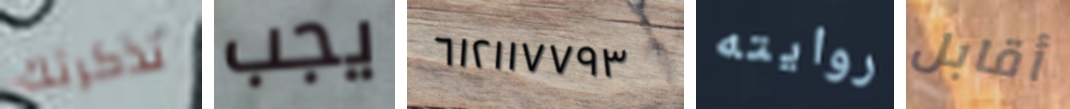
تذكرتك يجب ٦١٢١١٧٧٩٣ روايته أقابل